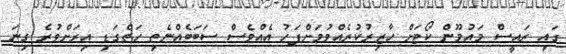
ގައި ރައީސް މައުމޫން ކޯޓަށް ހާޒިރުކުރެއްވުމަށްފަހު އެއްވެސް ސަބަބެއްނެތި ހަތްގަޑި އިރަށްވުރެ ގިނަ